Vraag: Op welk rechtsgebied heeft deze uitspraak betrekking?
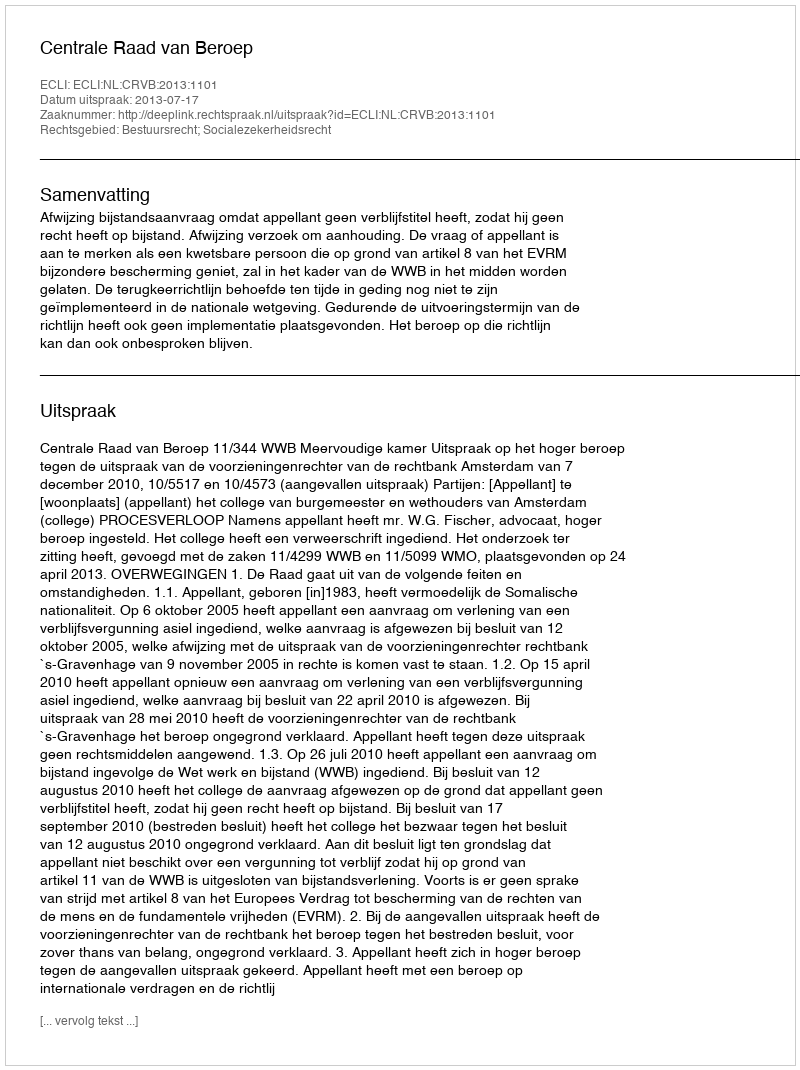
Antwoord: Bestuursrecht; Socialezekerheidsrecht